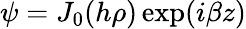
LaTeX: \psi=J_{0}(h\rho)\exp(i\beta z)